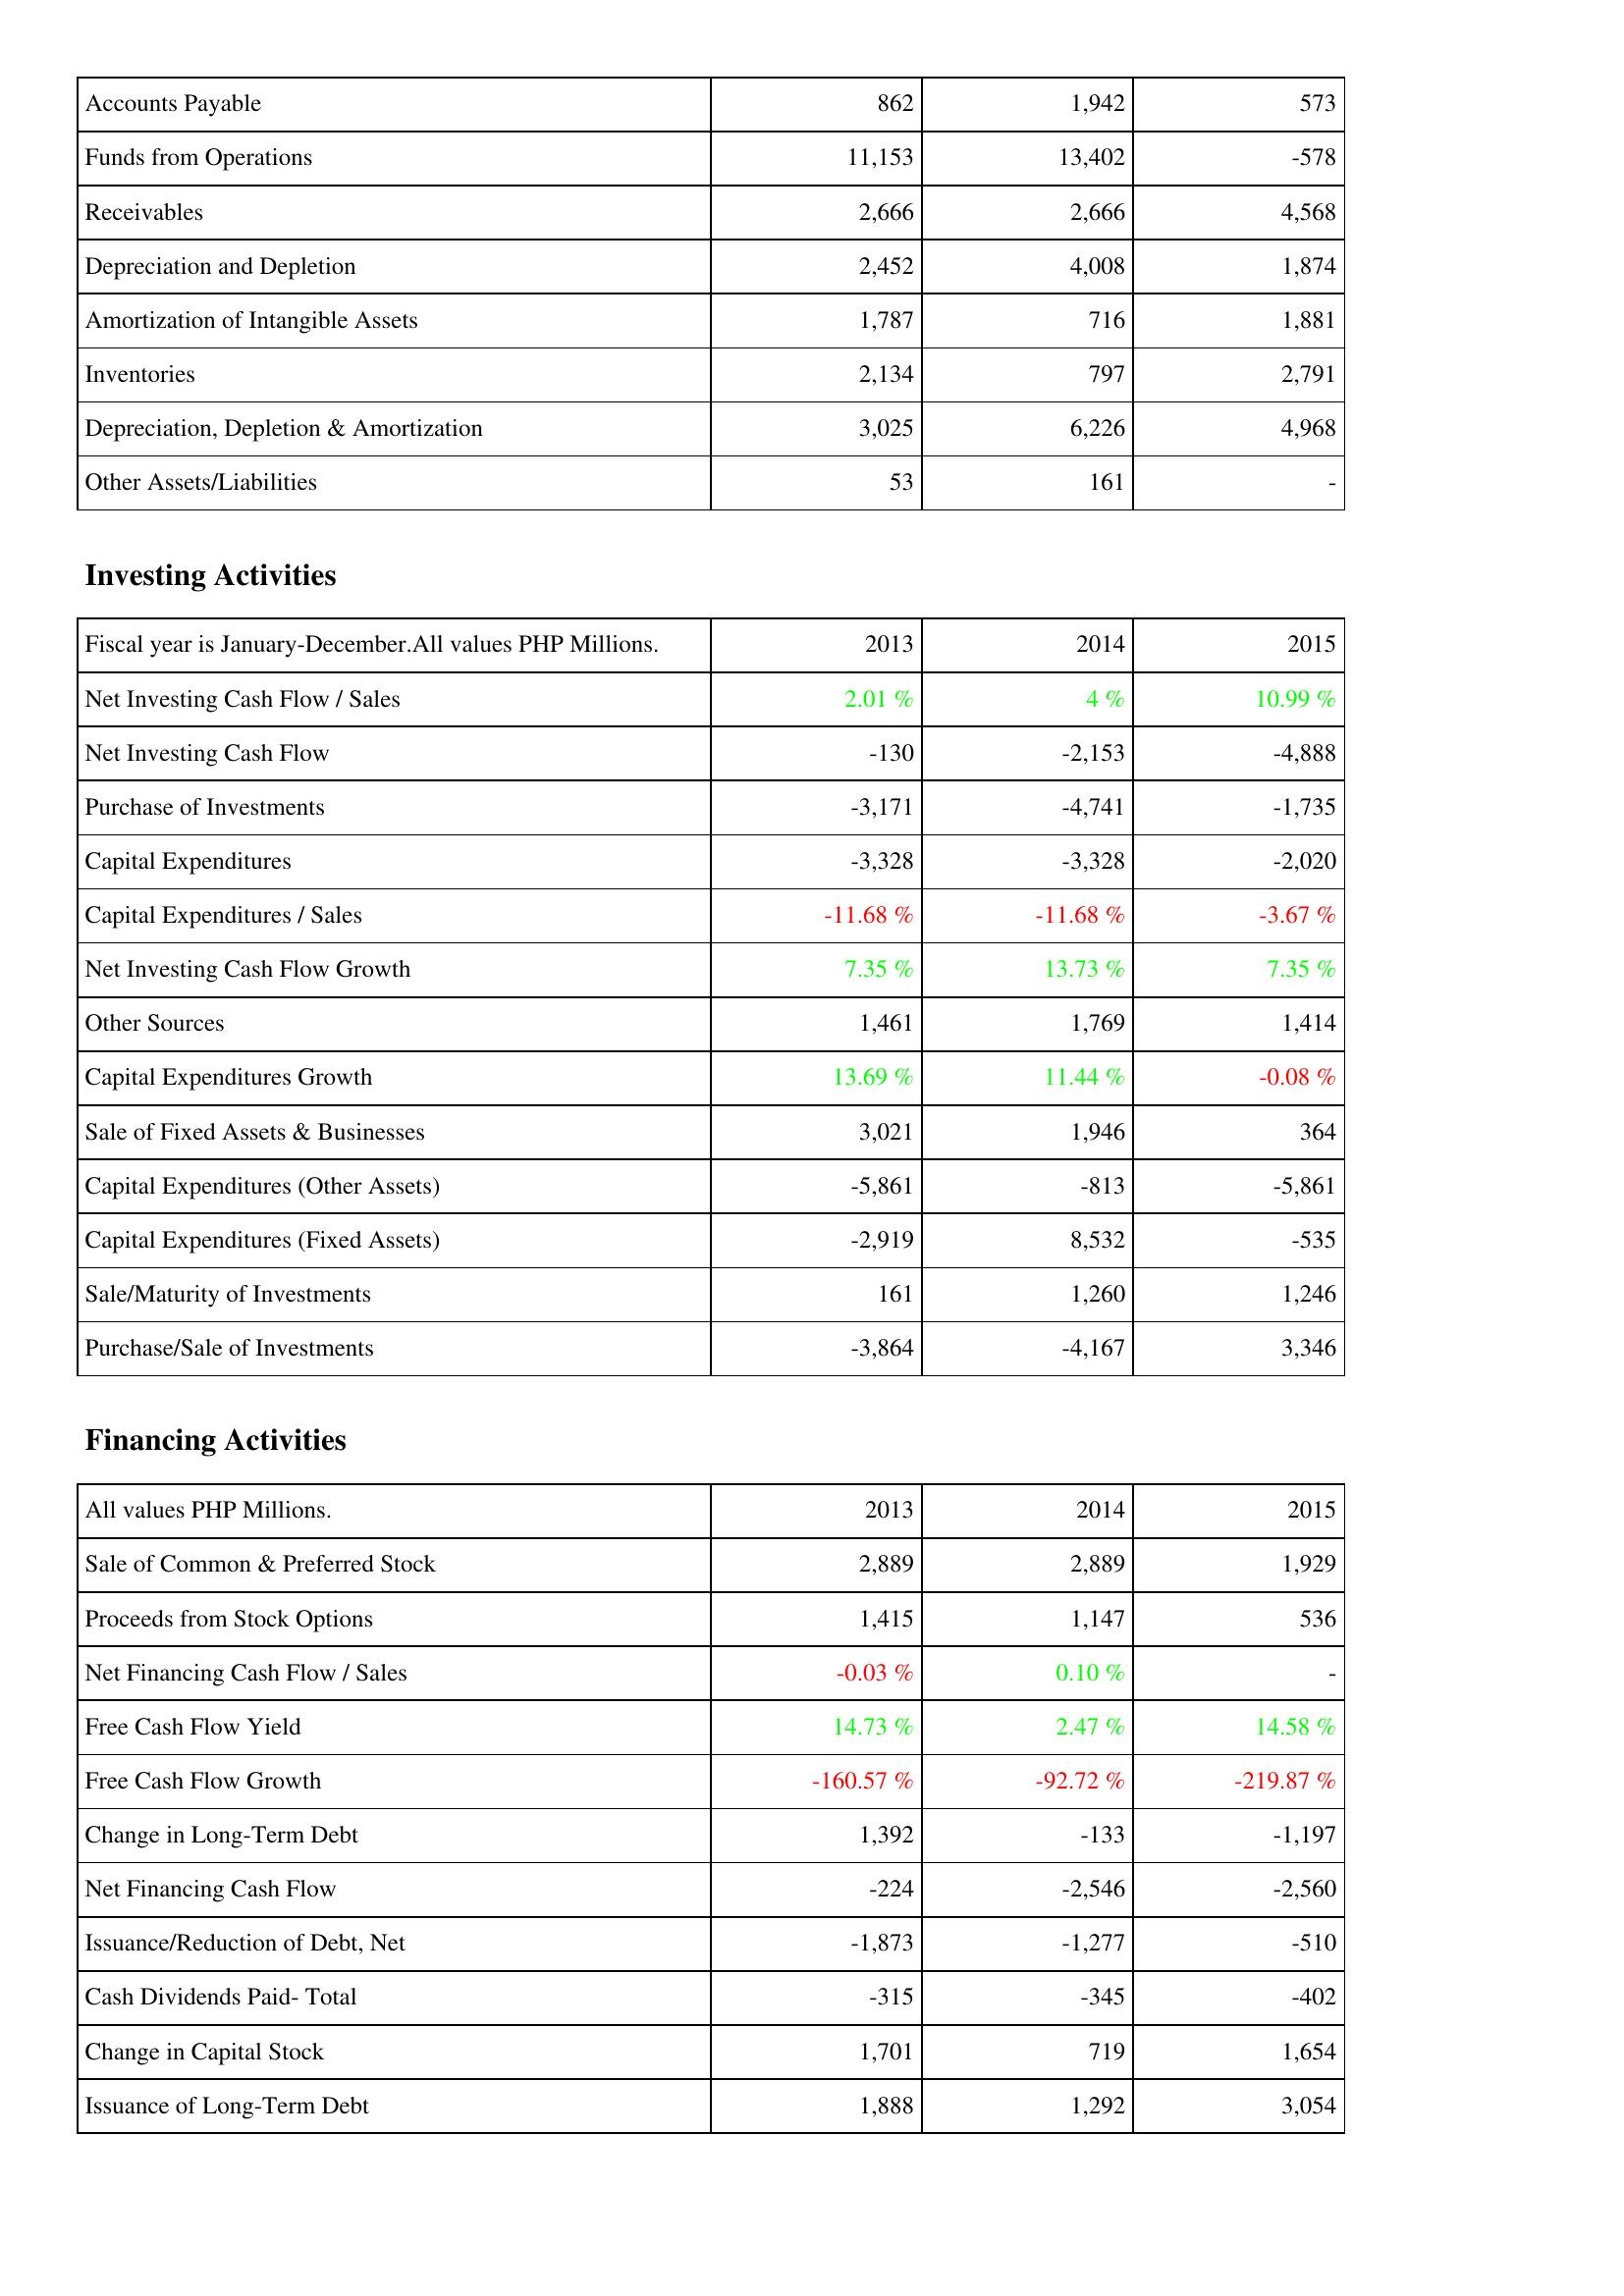
2013: Operating Activities: Accounts Payable: 862
Funds from Operations: 11,153
Receivables: 2,666
Depreciation and Depletion: 2,452
Amortization of Intangible Assets: 1,787
Inventories: 2,134
Depreciation, Depletion & Amortization: 3,025
Other Assets/Liabilities: 53
Investing Activities: Net Investing Cash Flow / Sales: 2.01 %
Net Investing Cash Flow: -130
Purchase of Investments: -3,171
Capital Expenditures: -3,328
Capital Expenditures / Sales: -11.68 %
Net Investing Cash Flow Growth: 7.35 %
Other Sources: 1,461
Capital Expenditures Growth: 13.69 %
Sale of Fixed Assets & Businesses: 3,021
Capital Expenditures (Other Assets): -5,861
Capital Expenditures (Fixed Assets): -2,919
Sale/Maturity of Investments: 161
Purchase/Sale of Investments: -3,864
Financing Activities: Sale of Common & Preferred Stock: 2,889
Proceeds from Stock Options: 1,415
Net Financing Cash Flow / Sales: -0.03 %
Free Cash Flow Yield: 14.73 %
Free Cash Flow Growth: -160.57 %
Change in Long-Term Debt: 1,392
Net Financing Cash Flow: -224
Issuance/Reduction of Debt, Net: -1,873
Cash Dividends Paid- Total: -315
Change in Capital Stock: 1,701
Issuance of Long-Term Debt: 1,888
2014: Operating Activities: Accounts Payable: 1,942
Funds from Operations: 13,402
Receivables: 2,666
Depreciation and Depletion: 4,008
Amortization of Intangible Assets: 716
Inventories: 797
Depreciation, Depletion & Amortization: 6,226
Other Assets/Liabilities: 161
Investing Activities: Net Investing Cash Flow / Sales: 4 %
Net Investing Cash Flow: -2,153
Purchase of Investments: -4,741
Capital Expenditures: -3,328
Capital Expenditures / Sales: -11.68 %
Net Investing Cash Flow Growth: 13.73 %
Other Sources: 1,769
Capital Expenditures Growth: 11.44 %
Sale of Fixed Assets & Businesses: 1,946
Capital Expenditures (Other Assets): -813
Capital Expenditures (Fixed Assets): 8,532
Sale/Maturity of Investments: 1,260
Purchase/Sale of Investments: -4,167
Financing Activities: Sale of Common & Preferred Stock: 2,889
Proceeds from Stock Options: 1,147
Net Financing Cash Flow / Sales: 0.10 %
Free Cash Flow Yield: 2.47 %
Free Cash Flow Growth: -92.72 %
Change in Long-Term Debt: -133
Net Financing Cash Flow: -2,546
Issuance/Reduction of Debt, Net: -1,277
Cash Dividends Paid- Total: -345
Change in Capital Stock: 719
Issuance of Long-Term Debt: 1,292
2015: Operating Activities: Accounts Payable: 573
Funds from Operations: -578
Receivables: 4,568
Depreciation and Depletion: 1,874
Amortization of Intangible Assets: 1,881
Inventories: 2,791
Depreciation, Depletion & Amortization: 4,968
Other Assets/Liabilities: -
Investing Activities: Net Investing Cash Flow / Sales: 10.99 %
Net Investing Cash Flow: -4,888
Purchase of Investments: -1,735
Capital Expenditures: -2,020
Capital Expenditures / Sales: -3.67 %
Net Investing Cash Flow Growth: 7.35 %
Other Sources: 1,414
Capital Expenditures Growth: -0.08 %
Sale of Fixed Assets & Businesses: 364
Capital Expenditures (Other Assets): -5,861
Capital Expenditures (Fixed Assets): -535
Sale/Maturity of Investments: 1,246
Purchase/Sale of Investments: 3,346
Financing Activities: Sale of Common & Preferred Stock: 1,929
Proceeds from Stock Options: 536
Net Financing Cash Flow / Sales: -
Free Cash Flow Yield: 14.58 %
Free Cash Flow Growth: -219.87 %
Change in Long-Term Debt: -1,197
Net Financing Cash Flow: -2,560
Issuance/Reduction of Debt, Net: -510
Cash Dividends Paid- Total: -402
Change in Capital Stock: 1,654
Issuance of Long-Term Debt: 3,054